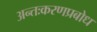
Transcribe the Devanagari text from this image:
अन्तःकरणप्रबोध